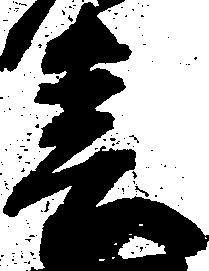
春